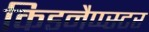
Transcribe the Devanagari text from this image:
किडनैप्प्स्टर